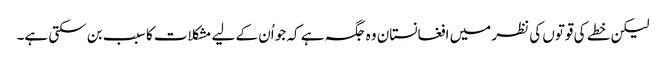
لیکن خطے کی قوتوں کی نظر میں افغانستان وہ جگہ ہے کہ جو اُن کے لیے مشکلات کا سبب بن سکتی ہے۔